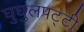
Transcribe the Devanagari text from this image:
घुघुलपट्टी